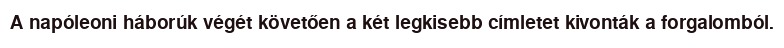
A napóleoni háborúk végét követően a két legkisebb címletet kivonták a forgalomból.